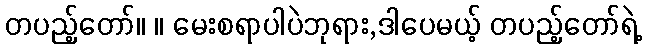
တပည့်တော်။ ။ မေးစရာပါပဲဘုရား,ဒါပေမယ့် တပည့်တော်ရဲ့